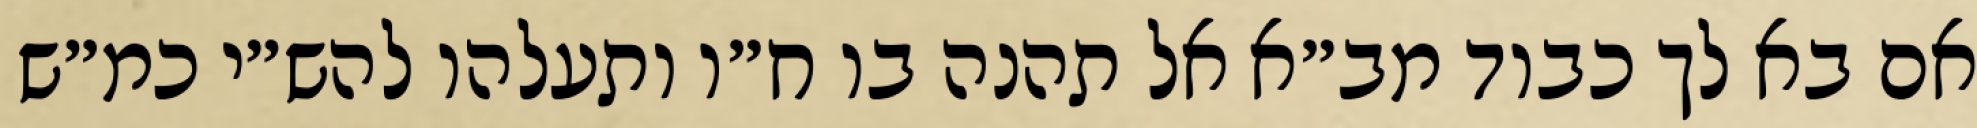
אם בא לך כבוד מב״א אל תהנה בו ח״ו ותעלהו להש״י כמ״ש